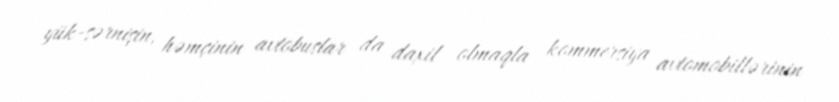
yük-sərnişin, həmçinin avtobuslar da daxil olmaqla kommersiya avtomobillərinin